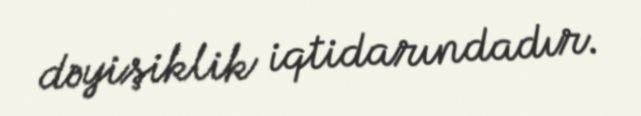
dəyişiklik iqtidarındadır.